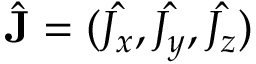
\hat { \mathbf { J } } = ( \hat { J _ { x } } , \hat { J _ { y } } , \hat { J _ { z } } )